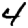
Digit: 4